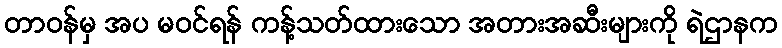
တာဝန်မှ အပ မဝင်ရန် ကန့်သတ်ထားသော အတားအဆီးများကို ရဲဌာနက